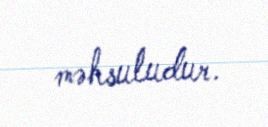
məhsuludur.